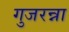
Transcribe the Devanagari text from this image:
गुजरन्ना